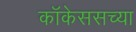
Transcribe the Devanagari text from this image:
कॉकेससच्या